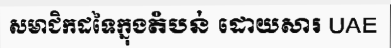
សមាជិកដទៃក្នុងតំបន់ ដោយសារ UAE